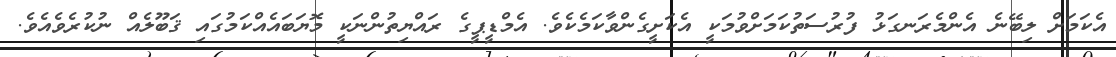
އެކަމަށް ލިބޭނެ އެންމެރަނގަޅު ފުރުސަތުކަމަށްވުމަކީ އެކަށީގެންވާކަމެކެވެ. އެމްޑީޕީގެ ރައްޔިތުންނަކީ މޮޔަބައެއްކަމުގައި ޤަބޫލެއް ނުކުރެވެއެވެ.